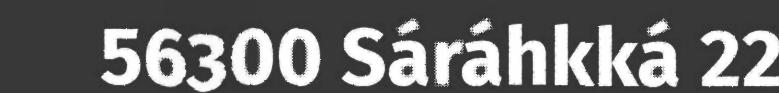
56300 Sáráhkká 22